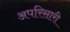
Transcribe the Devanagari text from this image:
अपरिसारी